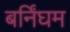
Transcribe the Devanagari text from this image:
बर्निंघम